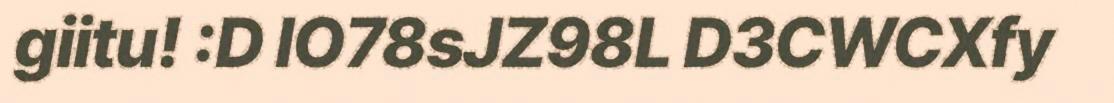
giitu! :D lO78sJZ98L D3CWCXfy